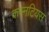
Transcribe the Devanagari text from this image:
कस्नटियस